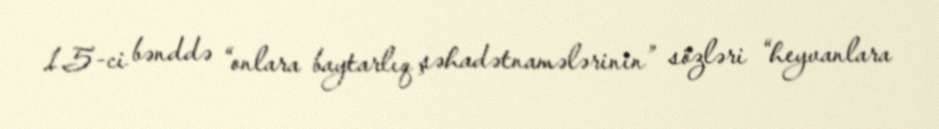
1.5-ci bənddə “onlara baytarlıq şəhadətnamələrinin” sözləri “heyvanlara